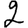
Digit: 2